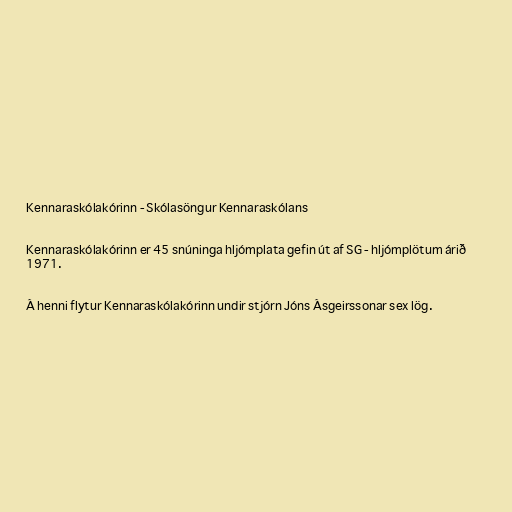
Kennaraskólakórinn - Skólasöngur Kennaraskólans

Kennaraskólakórinn er 45 snúninga hljómplata gefin út af SG - hljómplötum árið
1971.

Á henni flytur Kennaraskólakórinn undir stjórn Jóns Ásgeirssonar sex lög.